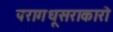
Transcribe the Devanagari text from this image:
परागधूसराकारो